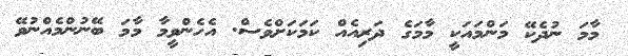
މާމަ ނުދެކޭ މަންމައަކީ މާމަގެ ދަރިއެއް ކަމަކަށްވެސް. އެހެންވީމާ މާމަ ބޭނުންމެއްނުވޭ